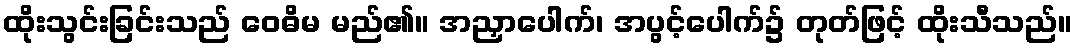
ထိုးသွင်းခြင်းသည် ဝေဓိမ မည်၏။ အညှာပေါက်၊ အပွင့်ပေါက်၌ တုတ်ဖြင့် ထိုးသီသည်။